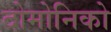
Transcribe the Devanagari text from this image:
दोमोनिको